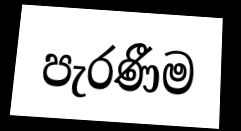
පැරණීම